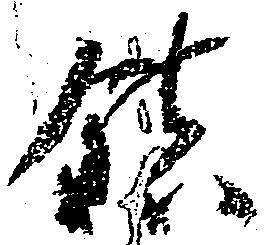
鎮